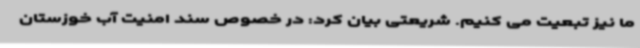
ما نیز تبعیت می کنیم. شریعتی بیان کرد: در خصوص سند امنیت آب خوزستان